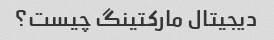
دیجیتال مارکتینگ چیست؟